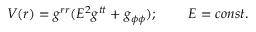
V ( r ) = g ^ { r r } ( E ^ { 2 } g ^ { t t } + g _ { \phi \phi } ) ; \; \; \; \; \; \; \; \; E = c o n s t .